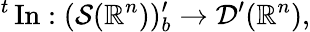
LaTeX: {}^{t}\operatorname{In}:({\mathcal{S}}(\mathbb{R}^{n}))_{b}^{\prime}\to{\mathcal{D}}^{\prime}(\mathbb{R}^{n}),